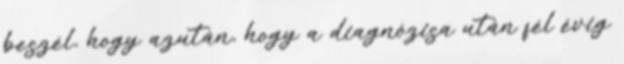
beszél, hogy azután, hogy a diagnózisa után fél évig